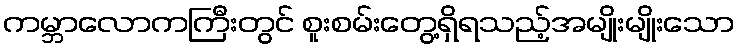
ကမ္ဘာလောကကြီးတွင် စူးစမ်းတွေ့ရှိရသည့်အမျိုးမျိုးသော